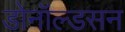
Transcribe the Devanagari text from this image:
डोनॉल्डसन